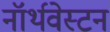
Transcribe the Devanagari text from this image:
नॉर्थवेस्टन